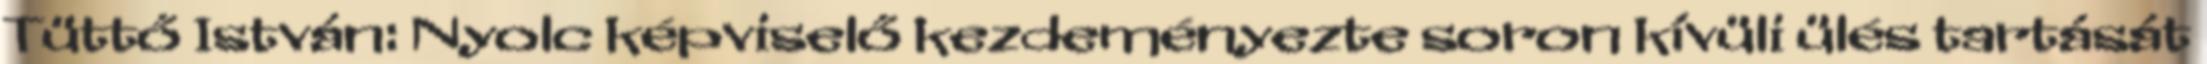
Tüttő István: Nyolc képviselő kezdeményezte soron kívüli ülés tartását